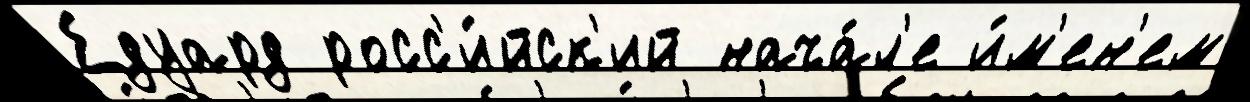
Едуард росс'и́йск'ий нача́л'е и́м'ен'ем